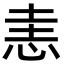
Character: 恚